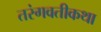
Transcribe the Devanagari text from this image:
तरंगवतीकथा